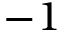
- 1